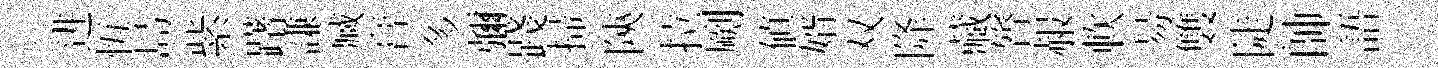
进恆島紫躇謙臧膏多彌踐掃陝拉劂値婿双降藏膂赧軟昜䨇陡帥語